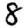
Digit: 8